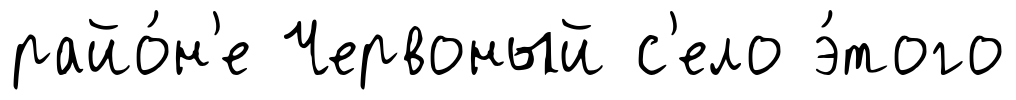
райо́н'е Червоный с'ело э́того